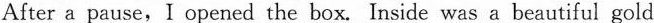
After a pause,I opened the box. Inside was a beautiful gold